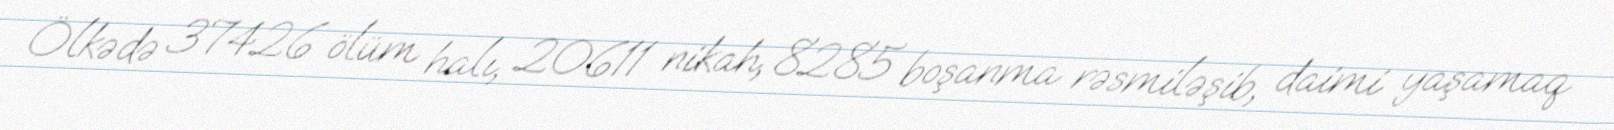
Ölkədə 37426 ölüm halı, 20611 nikah, 8285 boşanma rəsmiləşib, daimi yaşamaq